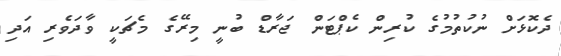
ދެކޮޅަށް ނުކުތުމުގެ ކުރިން ކެޕްޓަން ޖަރާޑް ބުނީ މިރޭގެ މެޗަކީ ވާދަވެރި އަދި